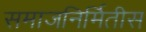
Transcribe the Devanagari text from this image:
समाजनिर्मितीस